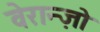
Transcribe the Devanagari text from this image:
वेरान्ज़ो